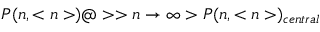
P ( n , < n > ) @ > > { n \to \infty } > P ( n , < n > ) _ { c e n t r a l }